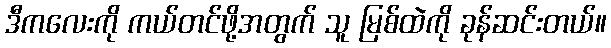
ဒီကလေးကို ကယ်တင်ဖို့အတွက် သူ မြစ်ထဲကို ခုန်ဆင်းတယ်။